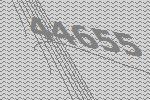
44655